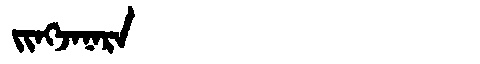
Manchu: ᠵᡳᠩᠵᠠᠨᠠᡵᠠ
Romanization: JINGJANARA